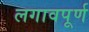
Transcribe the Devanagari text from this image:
लगावपूर्ण